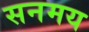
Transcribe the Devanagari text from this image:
सनमय